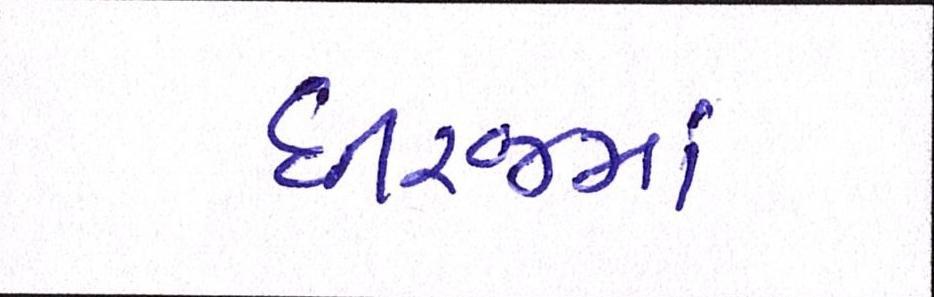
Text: ધીરજમાં